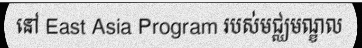
នៅ East Asia Program របស់មជ្ឈមណ្ឌល